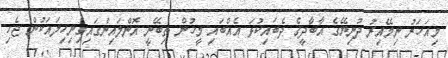
މިއަހަރު ނިމޭއިރު ދުނިޔޭގެ އާބާދީގެ ދެބައިކުޅަ އެއްބައި މީހުން ތިބޭނީ އޮންލައިންގައިގިނިހިލައަކުން ޖެހި